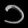
Digit: ၁